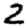
Digit: 2